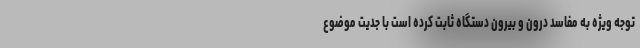
توجه ویژه به مفاسد درون و بیرون دستگاه ثابت کرده است با جدیت موضوع